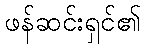
ဖန်ဆင်းရှင်၏